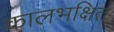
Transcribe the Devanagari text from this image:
कालभक्षित